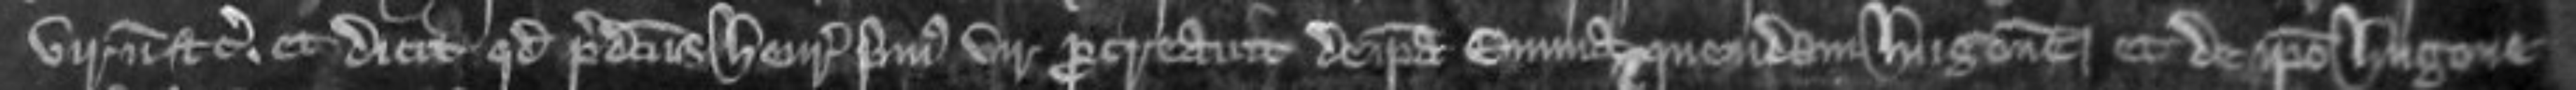
virum etc et dicit quod predictus Henricus primus vir procreavit de ipsa Emma quendam Hugonem et de ipso Hugone